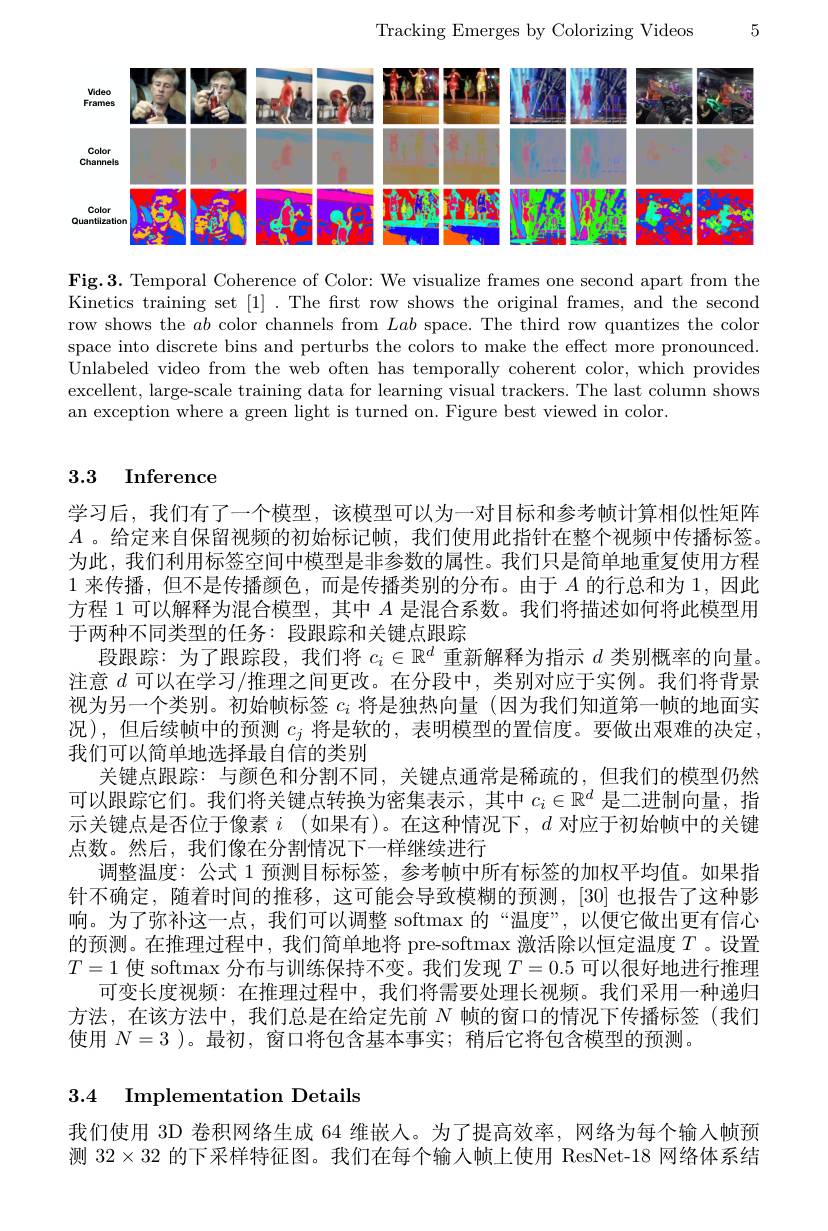
5

Tracking Emerges by Colorizing Videos

<FigureHere>

Fig.3. Temporal Coherence of Color: We visualize frames one second apart from the Kinetics training set [1] .The first row shows the original frames, and the second row shows the $ab$ color channels from Lab space. The third row quantizes the color space into discrete bins and perturbs the colors to make the effect more pronounced Unlabeled video from the web often has temporally coherent color, which provides excellent, large-scale training data for learning visual trackers. The last column shows an exception where a green light is turned on. Figure best viewed in color.

## 3.3 Inference

学习后，我们有了一个模型，该模型可以为一对目标和参考帧计算相似性矩阵$A$ 。给定来自保留视频的初始标记帧，我们使用此指针在整个视频中传播标签。为此，我们利用标签空间中模型是非参数的属性。我们只是简单地重复使用方程1来传播，但不是传播颜色，而是传播类别的分布。由于$A$的行总和为1，因此方程 1 可以解释为混合模型，其中$A$是混合系数。我们将描述如何将此模型用于两种不同类型的任务：段跟踪和关键点跟踪
段跟踪：为了跟踪段，我们将$c_i\in\mathbb{R}^d$重新解释为指示$d$类别概率的向量。注意$d$可以在学习/推理之间更改。在分段中，类别对应于实例。我们将背景视为另一个类别。初始帧标签$c_i$将是独热向量 (因为我们知道第一帧的地面实况),但后续帧中的预测$c_j$将是软的 , 表明模型的置信度。要做出艰难的决定， 我们可以简单地选择最自信的类别
关键点跟踪：与颜色和分割不同，关键点通常是稀疏的，但我们的模型仍然可以跟踪它们。我们将关键点转换为密集表示，其中$c_i\in\mathbb{R}^d$是二进制向量，指示关键点是否位于像素$i$ (如果有)。在这种情况下，$d$对应于初始帧中的关键点数。然后，我们像在分割情况下一样继续进行
调整温度：公式 1 预测目标标签，参考帧中所有标签的加权平均值。如果指针不确定，随着时间的推移，这可能会导致模糊的预测，[30]也报告了这种影响。为了弥补这一点，我们可以调整 softmax 的“温度”,以便它做出更有信心的预测。在推理过程中，我们简单地将 pre-softmax 激活除以恒定温度$T$。设置$T=1$使 softmax 分布与训练保持不变。我们发现$T=0.5$可以很好地进行推理
可变长度视频：在推理过程中，我们将需要处理长视频。我们采用一种递归方法，在该方法中，我们总是在给定先前$N$帧的窗口的情况下传播标签(我们使用$N=3$ )。最初，窗口将包含基本事实；稍后它将包含模型的预测。

## 3.4 Implementation Details

我们使用 3D 卷积网络生成 64 维嵌入。为了提高效率，网络为每个输入帧预测$32\times32$的下采样特征图。我们在每个输入帧上使用 ResNet-18 网络体系结